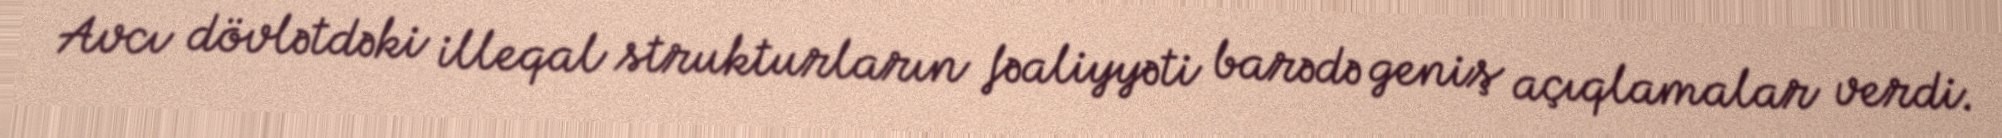
Avcı dövlətdəki illeqal strukturların fəaliyyəti barədə geniş açıqlamalar verdi.